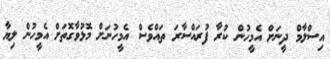
އިސްލާމް ދީނަށް އެމީހުން ކުރާ ފުރައްސާރަ ތައްވެސް އެމީހުނަށް މޮޅުވާގޮތަށް އެމީހުން ލިޔާ